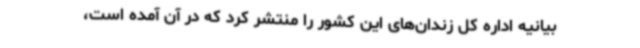
بیانیه اداره کل زندان‌های این کشور را منتشر کرد که در آن آمده است،